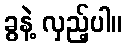
ခွနဲ့ လှည့်ပါ။